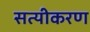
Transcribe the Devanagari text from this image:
सत्यीकरण